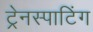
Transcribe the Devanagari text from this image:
ट्रेनस्पाटिंग